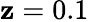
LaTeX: \mathbf{z}=0.1